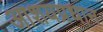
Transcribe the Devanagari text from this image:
आशयप्रधान